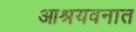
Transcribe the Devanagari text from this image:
आश्रयवनात